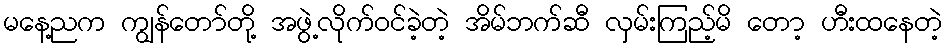
မနေ့ညက ကျွန်တော်တို့ အဖွဲ့လိုက်ဝင်ခဲ့တဲ့ အိမ်ဘက်ဆီ လှမ်းကြည့်မိ တော့ ဟီးထနေတဲ့